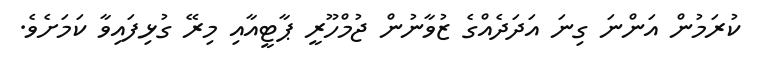
ކުރަމުން އަންނަ ގިނަ އަދަދެއްގެ ޒުވާނުން ޖުމްހޫރީ ޕާޓީއާއި މިރޭ ގުޅިފައިވާ ކަމަށެވެ.